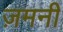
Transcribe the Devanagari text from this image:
ज़मनी